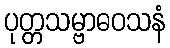
ပုတ္တသမ္ဗာဓဝသနံ